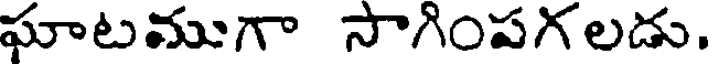
ఘాటముగా సాగింపగలడు.